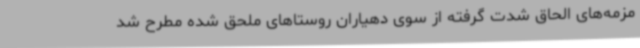
مزمه‌های الحاق شدت گرفته از سوی دهیاران روستاهای ملحق شده مطرح شد